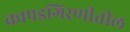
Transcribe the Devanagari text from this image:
कापडगिरणीतील